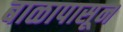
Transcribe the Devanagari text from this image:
बाळापासून